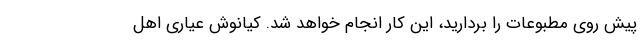
پیش روی مطبوعات را بردارید، این کار انجام خواهد شد. کیانوش عیاری اهل